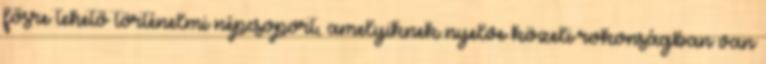
fősre tehető történelmi népcsoport, amelyiknek nyelve közeli rokonságban van